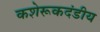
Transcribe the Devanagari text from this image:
कशेरूकदंडीय